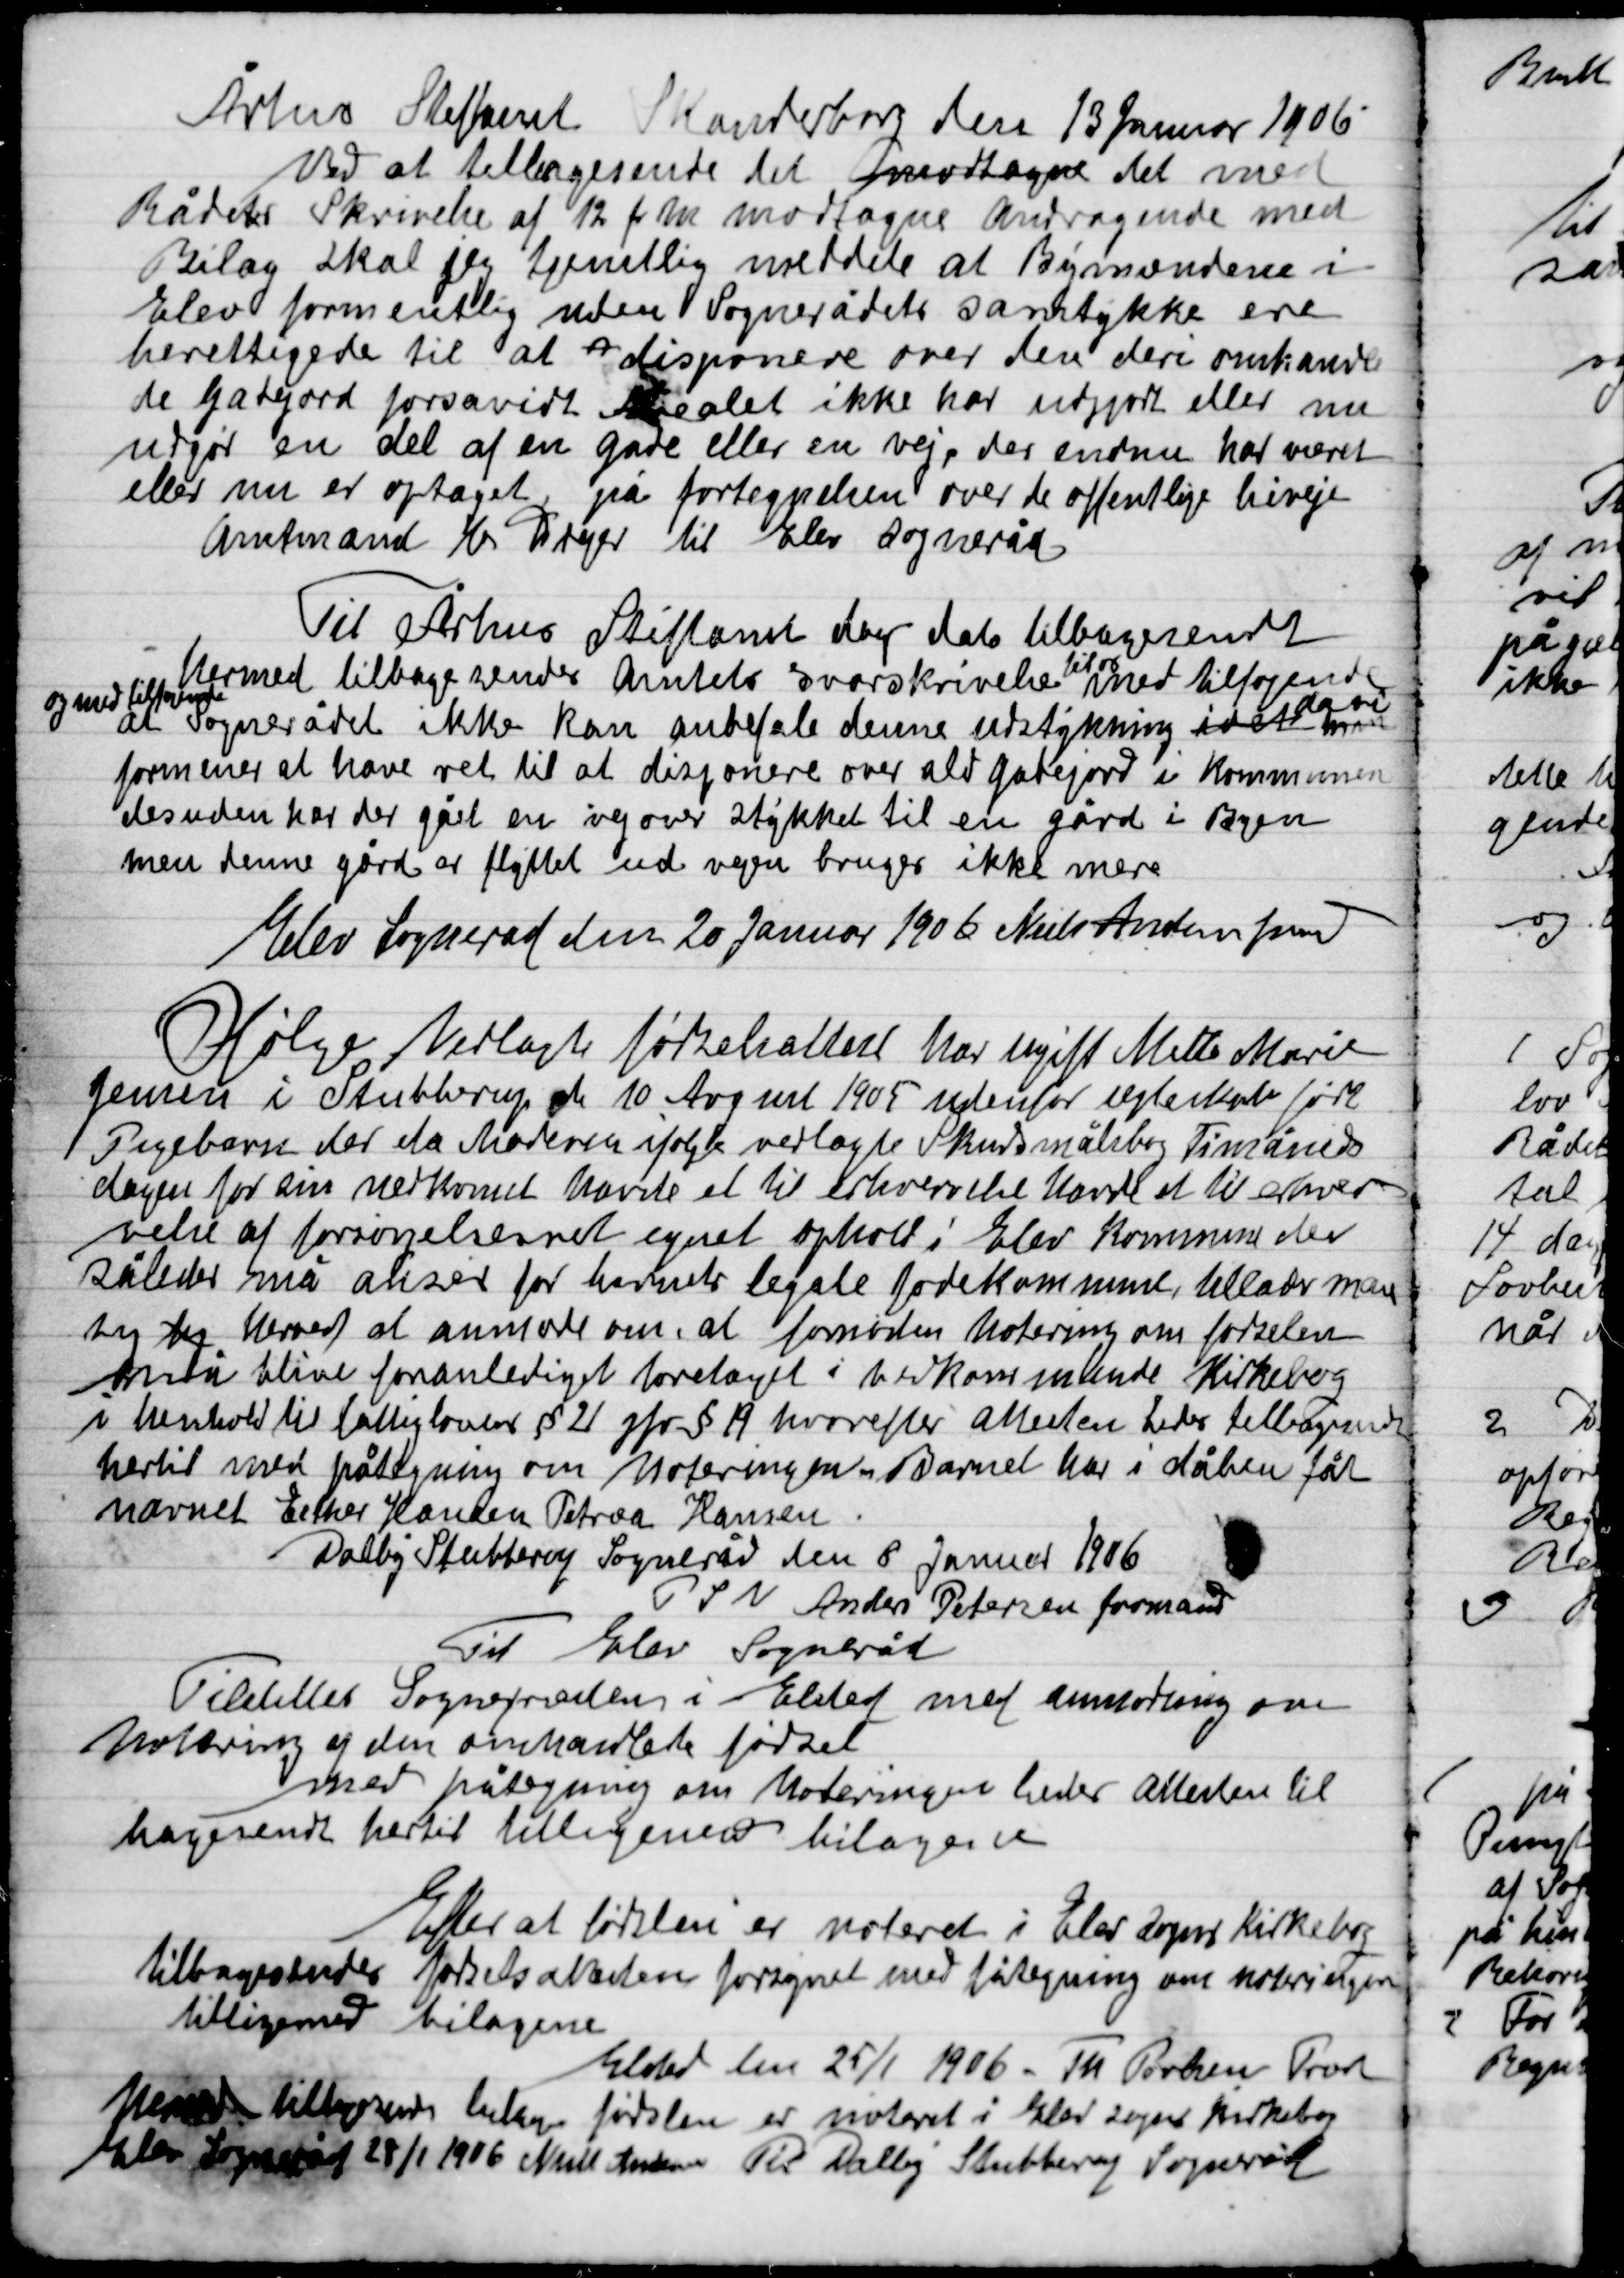
Transskription:
Århus Stiftsamt Skanderborg den 13 Januar 1906
Ved at tilbagesende det modtagne det med
Rådets Skrivelse af 12 f. m. modtagne Andragende med
Bilag skal ifl. tjenstlig meddele at Bymændene i
Elev formentlig uden Sognerådets samtykke ere
berettigede til at disponere over den deri omhandle-
de gadejord for så vidt arealet ikke har udgjort eller mere
udgør en del af en gade eller en vej, der endnu har været
eller nu er optaget på fortegnelsen over de offentlige biveje
Amtmand K. Dreyer til Elev Sogneråd

Til Århus Stiftsamt dags dato tilbagesender
hermed tilbagesender Amtets svarskrivelse
til og
med tilføjende
og med
at Sognerådet ikke kan anbefale denne udstykning idet man

fornemmer at have ret til at disponere over alt gårdjord i Kommunen
desuden har der gået en vej over stykket til en gård i Byen
men denne går er flyttet ud vejen bruges ikke mere
Elev Sogneråd den 20 Januar 1906 Niels Andersen form.

Ifølge Vedlagte fødselsattest har ugift Mette Marie
Jensen i Stubberup den 10 August 1905 udenfor ægteskab født
Pigebarn der et Noteret ifølge vedlagte Skudsmålsbog Timåneders
dagen for sin nedkomst havde et til erhvervelse havde et til erhver-
velse af forsørgelsesret egnet ophold i Elev Kommune der
således må anser for barnets legale fødekommune tillader man
sig sig herved at anmode om fornøden Notering om fødselen
må blive foranlediget foretaget i vedkommende Kirkebog
i henholdt til fattigloven § 21 gfv. § 19 hvorefter Amtenet bedes tilbagesende
hertil med påtegning om Noteringen m.m. Barnet har i dåben fået
navnet Ester Hansen Petræe Hansen.
Dalby Stubberup Sogneråd den 8 Januar 1906
P.S.V. Anders Petersen formand

Til Elev sogneråd
Tilstillet Sognerådet i Elsted med anmodning om
Noteringen af den omhandlende fødsel
Mer påtegning om Noteringen heder allerden til-
bagesendt hertil tilligemed bilagene

Efter at fødslen er noteret i Elev Sogns Kirkebog
tilbagesender fødselsattesten forsynet med påtegning om notering
tilligemed bilagene

Elsted den 25/1 1906 – Th. Preben From
 tilbagesender fødselen er noteret i Elev sogn Kirkebog
Elev Sogneråd 28/1 1906 Niels Andersen Til Dalby Stubberup Sogneråd